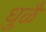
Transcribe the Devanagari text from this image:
धुळै